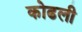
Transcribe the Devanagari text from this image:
कोढली